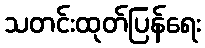
သတင်းထုတ်ပြန်ရေး